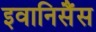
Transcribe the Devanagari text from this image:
इवानिसैंस